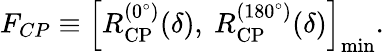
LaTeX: F_{CP}\equiv\left[R_{\mathrm{CP}}^{(0^{\circ})}(\delta),~R_{\mathrm{CP}}^{(180^{\circ})}(\delta)\right]_{\mathrm{min}}.